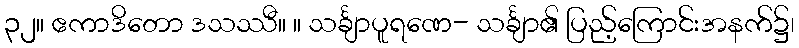
၃၂။ ဧကာဒိတော ဒသဿီ။ ။ သင်္ချာပူရဏေ- သင်္ချာ၏ ပြည့်ကြောင်းအနက်၌၊